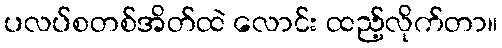
ပလပ်စတစ်အိတ်ထဲ လောင်း ထည့်လိုက်တာ။